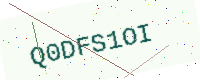
Text: Q0DFS1OI